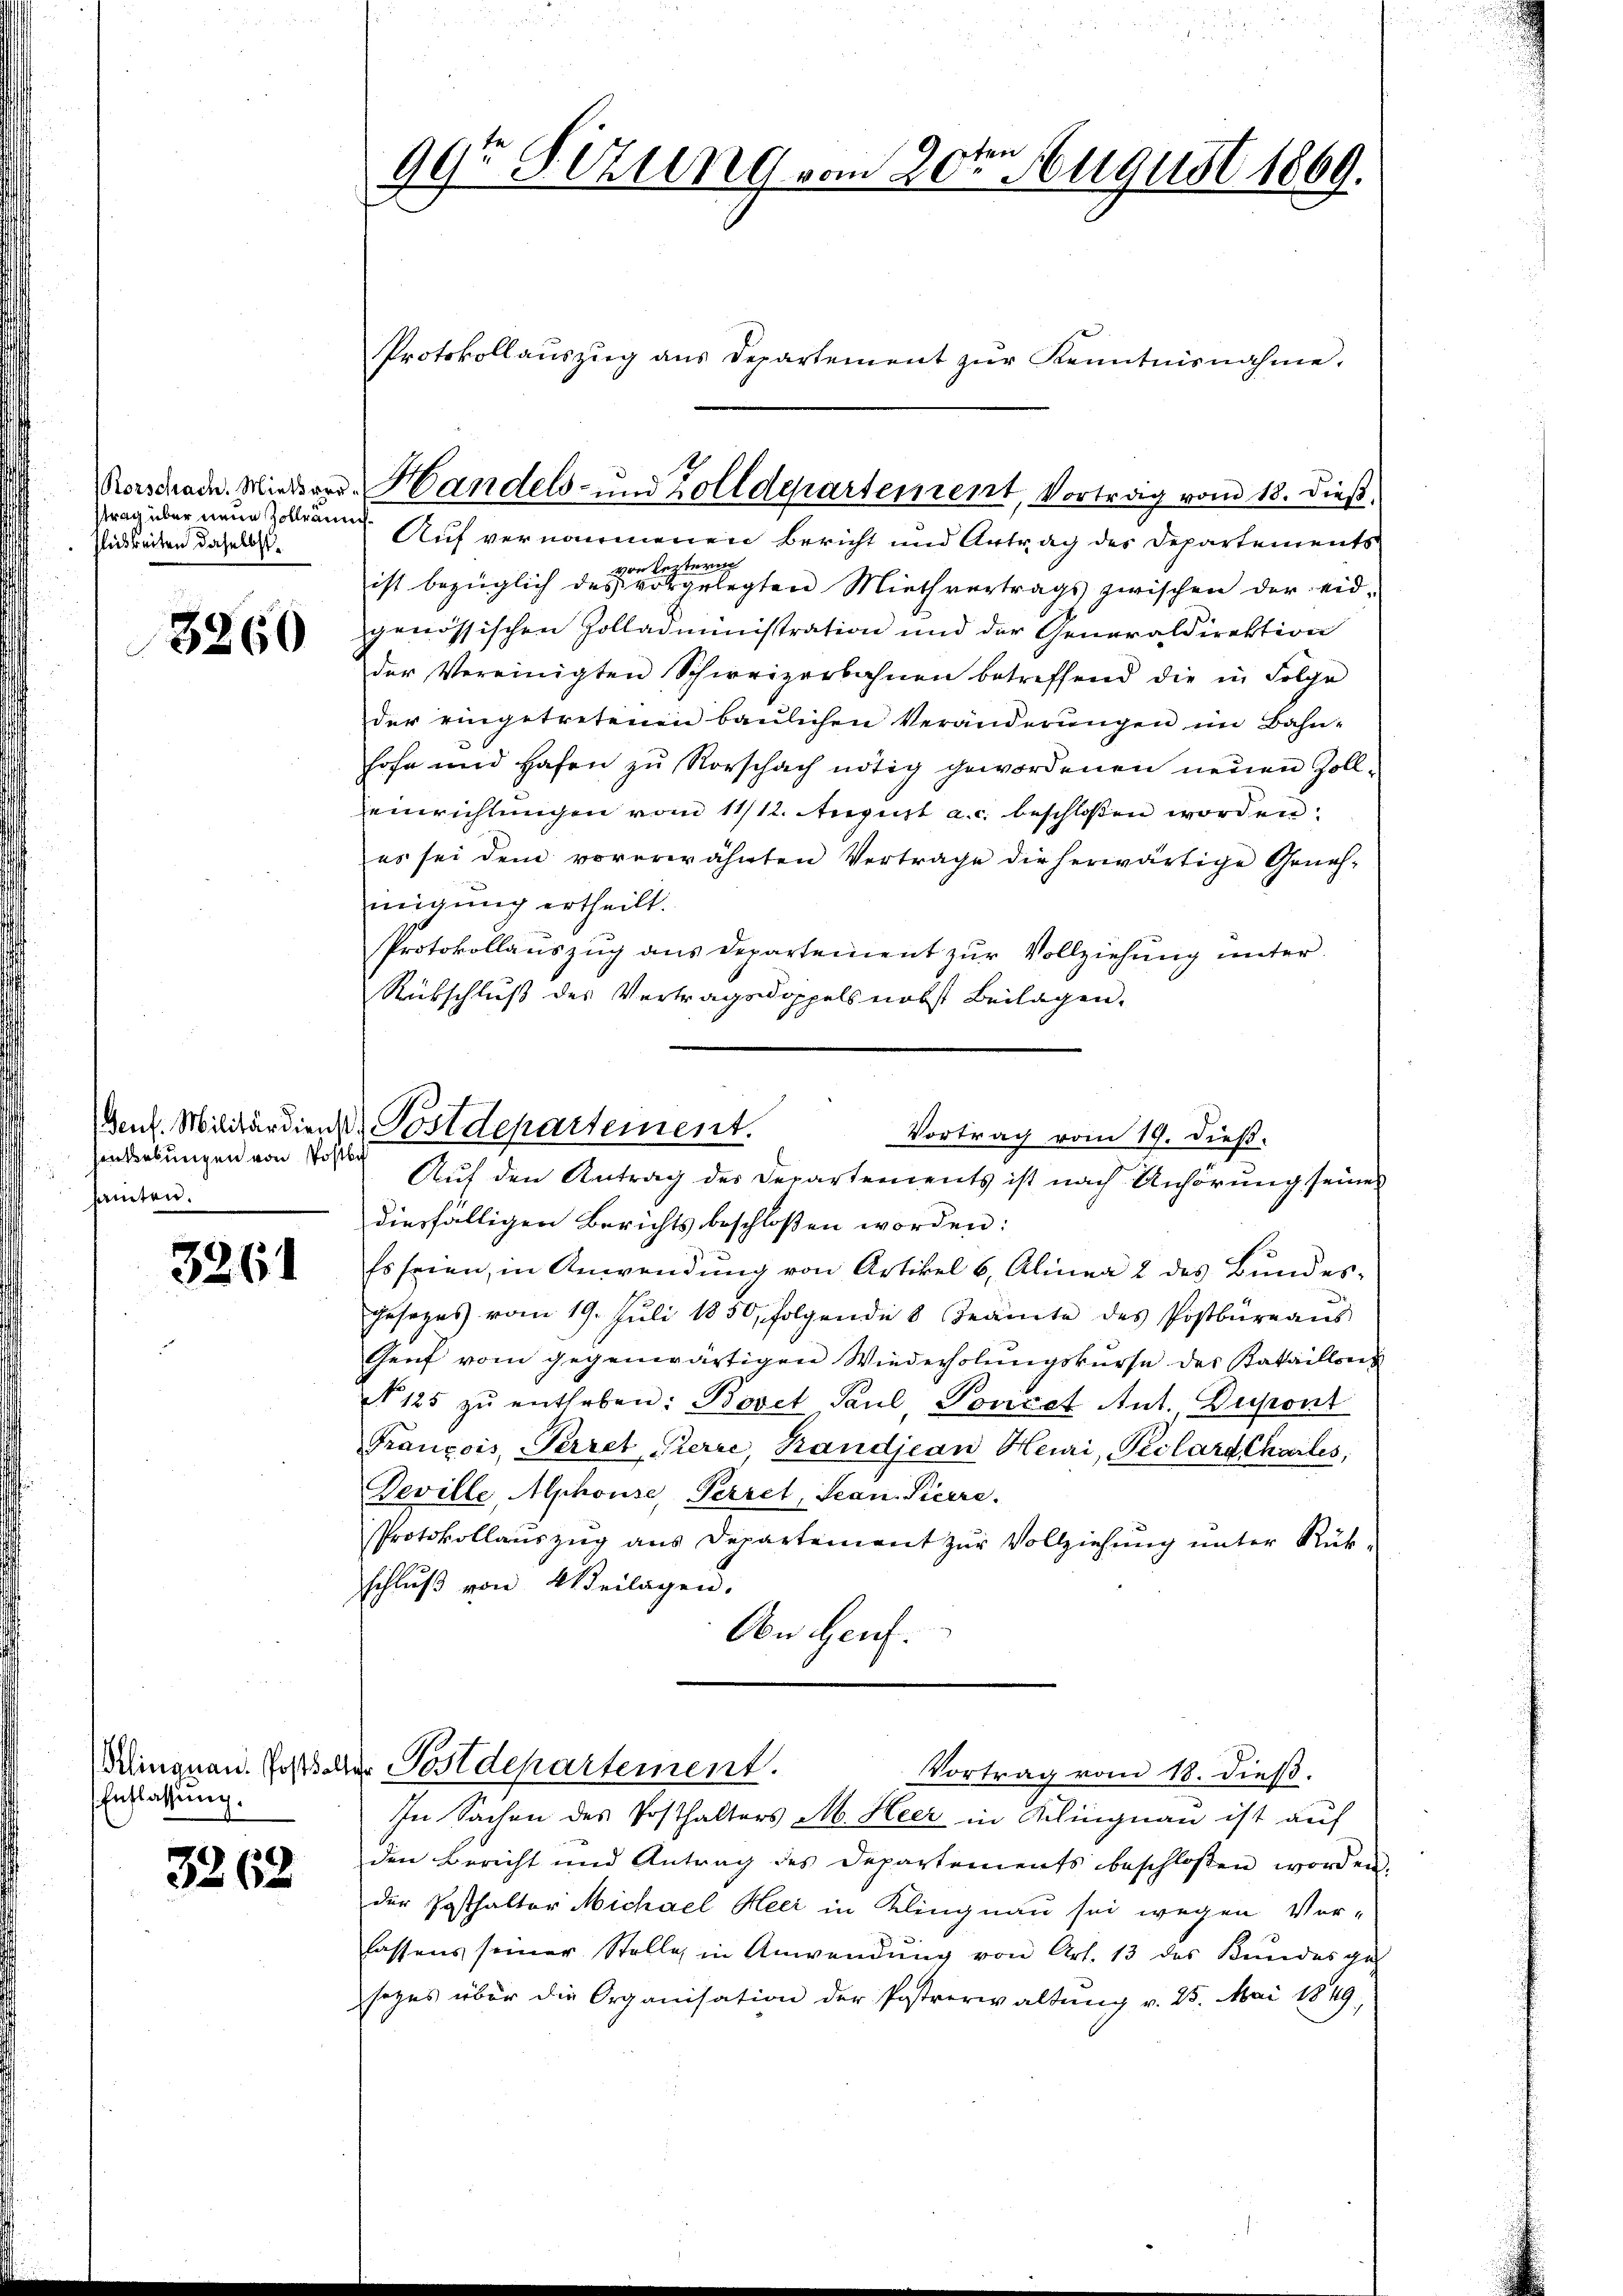
trag über neue Zollraum
flichkeiten daselbst.

3260

Hansebungen von Postba
amten.

3261

Entlassung.

3362

diesfälligen Berichts beschloßen worden:
Es seien, in Anwendung von Artikel 6, Alinea 2 des Bundesgesezes vom 19. Jŭli 1850, folgende 8 Beamte des Postbüreaŭs
Genf vom gegenwärtigen Wiederholungskurse des Bataillone
N 125 zŭ entheben: Bovet Paul Povicef Ant. Dupont
François, Perret Pierre, Kandjean Heuri, Peolard Chartes,
Deville Alphouse, Perret, Sean Pierre.
Protokollauszug aus Departement zur Vollziehung unter Rükschluß von Weilagen.
An Genf.

99t Setzung vom 20ten August 1869.

Protokollaŭszŭg ans Departement zŭr Kenntnisnahme.
Auf vernommenen Bericht und Antrag des Departements
von Leztern
ist bezüglich des vorgelegten Miethvertrags zwischen der eid-
genössischen Zolladministration und der Generaldirektion
der Vereinigten Schweizerbahnen betreffend die in Folge
der eingetretenen baŭlichen Veränderŭngen im Bahn-
hofe und Hafen zu Rorschach nötig gewordenen neuen Zoll-
einrichtŭngen vom 11/12. August a. c. beschlossen worden:
es sei dem vorerwähnten Vertrage die herwärtige Genehinigung ertheilt.
Protokollauszug aus Departement zur Vollziehung unter
Rübschluß des Vertragsdoppels nebst Beilagen.

Rorschrade. Mieder Handels- und Zolldepartement, Vortrag vom 18. dieß,

(Genf. Militärdiens Postdepartement.
Vortrag vom 19. dieß.
Auf den Antrag des Departements ist nach Anhörung seine

Mingnau. Erst der Postdepartement.
Vortrag vom 18. dieß.

In Sachen des Posthalters M. Heer in Klingnau ist auf
den Bericht und Antrag des Departements beschlossen worden.
der Posthalter Michael Heer in Klingnau sei wegen Vor-
lassens seiner Stelle in Anwendŭng von Art. 13 des Kundesges
sezes über die Organisation der Postverwaltung v. 25. Mai 1849;